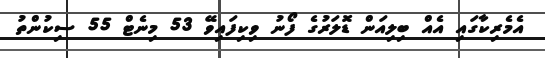
އެމެރިކާގައި އެއް ބިލިއަން ޑޮލަރުގެ ފޯނު ވިކިފައިވޭ 53 މިނެޓް 55 ސިކުންތު